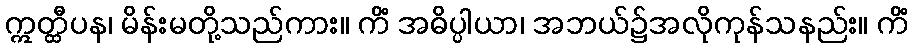
ဣတ္ထီပန၊ မိန်းမတို့သည်ကား။ ကိံ အဓိပ္ပါယာ၊ အဘယ်၌အလိုကုန်သနည်း။ ကိံ